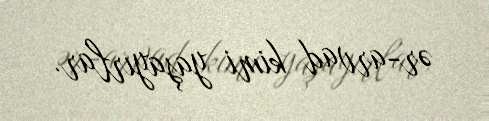
ər-arvad kimi yaşayırlar.